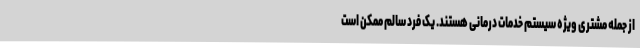
از جمله مشتری ویژه سیستم خدمات درمانی هستند. یک فرد سالم ممکن است